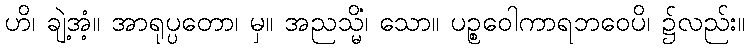
ဟိ၊ ချဲ့အံ့။ အာရုပ္ပတော၊ မှ။ အညသ္မိံ၊ သော။ ပဉ္စဝေါကာရဘဝေပိ၊ ၌လည်း။